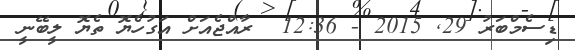
ޑިސެމްބަރު 29